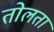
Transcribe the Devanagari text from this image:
तोलता